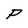
Character: P